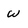
Character: w